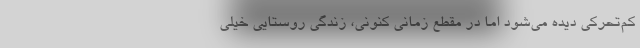
کم‌تحرکی دیده‌ می‌شود اما در مقطع زمانی کنونی، زندگی روستایی خیلی